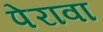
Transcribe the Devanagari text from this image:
पेरावा